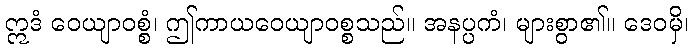
ဣဒံ ဝေယျာဝစ္စံ၊ ဤကာယဝေယျာဝစ္စသည်။ အနပ္ပကံ၊ များစွာ၏။ ဒေဝမှိ၊